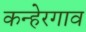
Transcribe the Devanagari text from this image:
कन्हेरगाव